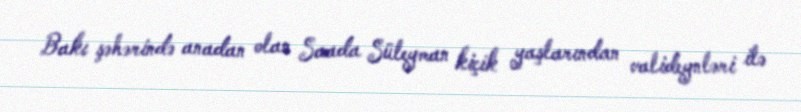
Bakı şəhərində anadan olan Saada Süleyman kiçik yaşlarından valideynləri ilə